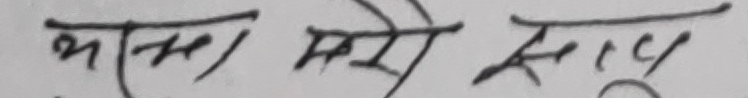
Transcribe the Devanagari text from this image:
भन्ना मरे सायू